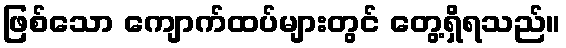
ဖြစ်သော ကျောက်ထပ်များတွင် တွေ့ရှိရသည်။